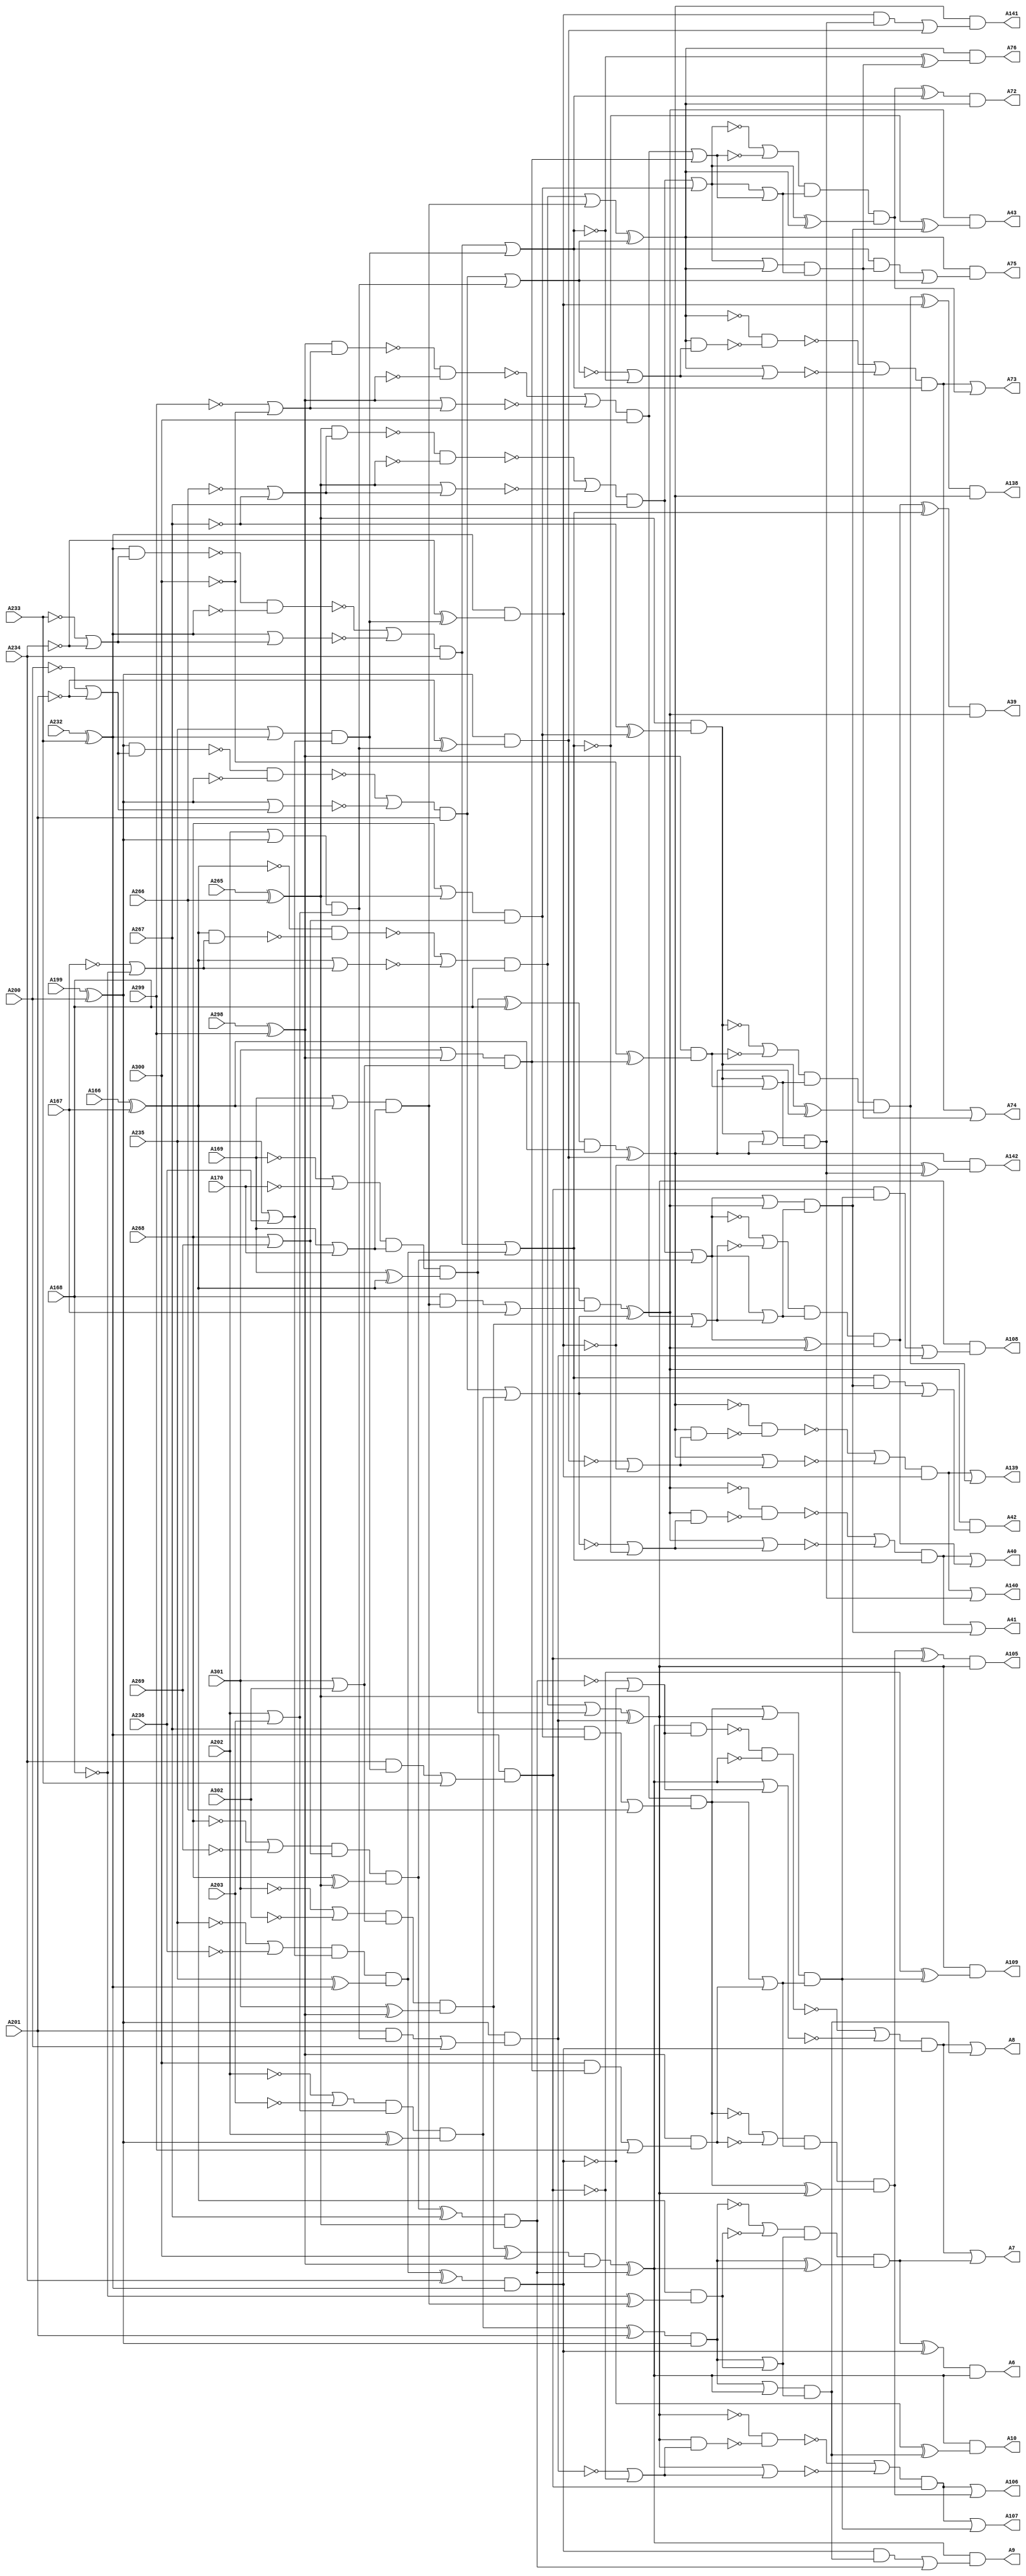
// Benchmark "testing" written by ABC on Thu Oct  8 22:16:59 2020

module testing ( 
    A302, A301, A300, A299, A298, A269, A268, A267, A266, A265, A236, A235,
    A234, A233, A232, A203, A202, A201, A200, A199, A166, A167, A168, A169,
    A170,
    A142, A141, A140, A139, A138, A109, A108, A107, A106, A105, A76, A75,
    A74, A73, A72, A43, A42, A41, A40, A39, A6, A7, A8, A9, A10  );
  input  A302, A301, A300, A299, A298, A269, A268, A267, A266, A265,
    A236, A235, A234, A233, A232, A203, A202, A201, A200, A199, A166, A167,
    A168, A169, A170;
  output A142, A141, A140, A139, A138, A109, A108, A107, A106, A105, A76, A75,
    A74, A73, A72, A43, A42, A41, A40, A39, A6, A7, A8, A9, A10;
  wire new_A198_, new_A197_, new_A196_, new_A195_, new_A194_, new_A193_,
    new_A192_, new_A191_, new_A190_, new_A189_, new_A188_, new_A187_,
    new_A186_, new_A185_, new_A184_, new_A183_, new_A182_, new_A181_,
    new_A180_, new_A179_, new_A178_, new_A177_, new_A176_, new_A175_,
    new_A174_, new_A173_, new_A172_, new_A171_, new_A204_, new_A205_,
    new_A206_, new_A207_, new_A208_, new_A209_, new_A210_, new_A211_,
    new_A212_, new_A213_, new_A214_, new_A215_, new_A216_, new_A217_,
    new_A218_, new_A219_, new_A220_, new_A221_, new_A222_, new_A223_,
    new_A224_, new_A225_, new_A226_, new_A227_, new_A228_, new_A229_,
    new_A230_, new_A231_, new_A237_, new_A238_, new_A239_, new_A240_,
    new_A241_, new_A242_, new_A243_, new_A244_, new_A245_, new_A246_,
    new_A247_, new_A248_, new_A249_, new_A250_, new_A251_, new_A252_,
    new_A253_, new_A254_, new_A255_, new_A256_, new_A257_, new_A258_,
    new_A259_, new_A260_, new_A261_, new_A262_, new_A263_, new_A264_,
    new_A270_, new_A271_, new_A272_, new_A273_, new_A274_, new_A275_,
    new_A276_, new_A277_, new_A278_, new_A279_, new_A280_, new_A281_,
    new_A282_, new_A283_, new_A284_, new_A285_, new_A286_, new_A287_,
    new_A288_, new_A289_, new_A290_, new_A291_, new_A292_, new_A293_,
    new_A294_, new_A295_, new_A296_, new_A297_, new_A303_, new_A304_,
    new_A305_, new_A306_, new_A307_, new_A308_, new_A309_, new_A310_,
    new_A311_, new_A312_, new_A313_, new_A314_, new_A315_, new_A316_,
    new_A317_, new_A318_, new_A319_, new_A320_, new_A321_, new_A322_,
    new_A323_, new_A324_, new_A325_, new_A326_, new_A327_, new_A328_,
    new_A329_, new_A330_, new_A165_, new_A164_, new_A163_, new_A162_,
    new_A161_, new_A160_, new_A159_, new_A158_, new_A157_, new_A156_,
    new_A155_, new_A154_, new_A153_, new_A152_, new_A151_, new_A150_,
    new_A149_, new_A148_, new_A147_, new_A146_, new_A145_, new_A144_,
    new_A143_, new_A137_, new_A136_, new_A135_, new_A134_, new_A133_,
    new_A132_, new_A131_, new_A130_, new_A129_, new_A128_, new_A127_,
    new_A126_, new_A125_, new_A124_, new_A123_, new_A122_, new_A121_,
    new_A120_, new_A119_, new_A118_, new_A117_, new_A116_, new_A115_,
    new_A114_, new_A113_, new_A112_, new_A111_, new_A110_, new_A104_,
    new_A103_, new_A102_, new_A101_, new_A100_, new_A99_, new_A98_,
    new_A97_, new_A96_, new_A95_, new_A94_, new_A93_, new_A92_, new_A91_,
    new_A90_, new_A89_, new_A88_, new_A87_, new_A86_, new_A85_, new_A84_,
    new_A83_, new_A82_, new_A81_, new_A80_, new_A79_, new_A78_, new_A77_,
    new_A71_, new_A70_, new_A69_, new_A68_, new_A67_, new_A66_, new_A65_,
    new_A64_, new_A63_, new_A62_, new_A61_, new_A60_, new_A59_, new_A58_,
    new_A57_, new_A56_, new_A55_, new_A54_, new_A53_, new_A52_, new_A51_,
    new_A50_, new_A49_, new_A48_, new_A47_, new_A46_, new_A45_, new_A44_,
    new_A38_, new_A37_, new_A36_, new_A35_, new_A34_, new_A1_, new_A2_,
    new_A3_, new_A4_, new_A5_, new_A11_, new_A12_, new_A13_, new_A14_,
    new_A15_, new_A16_, new_A17_, new_A18_, new_A19_, new_A20_, new_A21_,
    new_A22_, new_A23_, new_A24_, new_A25_, new_A26_, new_A27_, new_A28_,
    new_A29_, new_A30_, new_A31_, new_A32_, new_A33_;
  assign new_A198_ = new_A176_ & new_A191_;
  assign new_A197_ = ~new_A176_ & ~new_A198_;
  assign new_A196_ = new_A176_ | new_A191_;
  assign new_A195_ = ~A169 | ~A170;
  assign new_A194_ = new_A176_ | new_A191_;
  assign new_A193_ = ~new_A192_ & ~new_A176_;
  assign new_A192_ = new_A176_ & new_A191_;
  assign new_A191_ = ~A167 | ~A168;
  assign new_A190_ = A168 & new_A180_;
  assign new_A189_ = A169 | new_A176_;
  assign new_A188_ = A169 | A170;
  assign new_A187_ = ~new_A197_ | ~new_A196_;
  assign new_A186_ = new_A195_ & new_A188_;
  assign new_A185_ = A169 ^ new_A176_;
  assign new_A184_ = ~new_A193_ | ~new_A194_;
  assign new_A183_ = ~A168 ^ new_A180_;
  assign new_A182_ = new_A190_ | A167;
  assign new_A181_ = new_A187_ & A168;
  assign new_A180_ = new_A189_ & new_A188_;
  assign new_A179_ = new_A184_ & A168;
  assign new_A178_ = new_A186_ & new_A185_;
  assign new_A177_ = new_A178_ ^ A168;
  assign new_A176_ = A166 ^ A167;
  assign new_A175_ = new_A176_ & new_A183_;
  assign new_A174_ = new_A176_ & new_A182_;
  assign new_A173_ = new_A181_ | new_A180_;
  assign new_A172_ = new_A179_ | new_A178_;
  assign new_A171_ = new_A177_ & new_A176_;
  assign new_A204_ = new_A210_ & new_A209_;
  assign new_A205_ = new_A212_ | new_A211_;
  assign new_A206_ = new_A214_ | new_A213_;
  assign new_A207_ = new_A209_ & new_A215_;
  assign new_A208_ = new_A209_ & new_A216_;
  assign new_A209_ = A199 ^ A200;
  assign new_A210_ = new_A211_ ^ A201;
  assign new_A211_ = new_A219_ & new_A218_;
  assign new_A212_ = new_A217_ & A201;
  assign new_A213_ = new_A222_ & new_A221_;
  assign new_A214_ = new_A220_ & A201;
  assign new_A215_ = new_A223_ | A200;
  assign new_A216_ = ~A201 ^ new_A213_;
  assign new_A217_ = ~new_A226_ | ~new_A227_;
  assign new_A218_ = A202 ^ new_A209_;
  assign new_A219_ = new_A228_ & new_A221_;
  assign new_A220_ = ~new_A230_ | ~new_A229_;
  assign new_A221_ = A202 | A203;
  assign new_A222_ = A202 | new_A209_;
  assign new_A223_ = A201 & new_A213_;
  assign new_A224_ = ~A200 | ~A201;
  assign new_A225_ = new_A209_ & new_A224_;
  assign new_A226_ = ~new_A225_ & ~new_A209_;
  assign new_A227_ = new_A209_ | new_A224_;
  assign new_A228_ = ~A202 | ~A203;
  assign new_A229_ = new_A209_ | new_A224_;
  assign new_A230_ = ~new_A209_ & ~new_A231_;
  assign new_A231_ = new_A209_ & new_A224_;
  assign new_A237_ = new_A243_ & new_A242_;
  assign new_A238_ = new_A245_ | new_A244_;
  assign new_A239_ = new_A247_ | new_A246_;
  assign new_A240_ = new_A242_ & new_A248_;
  assign new_A241_ = new_A242_ & new_A249_;
  assign new_A242_ = A232 ^ A233;
  assign new_A243_ = new_A244_ ^ A234;
  assign new_A244_ = new_A252_ & new_A251_;
  assign new_A245_ = new_A250_ & A234;
  assign new_A246_ = new_A255_ & new_A254_;
  assign new_A247_ = new_A253_ & A234;
  assign new_A248_ = new_A256_ | A233;
  assign new_A249_ = ~A234 ^ new_A246_;
  assign new_A250_ = ~new_A259_ | ~new_A260_;
  assign new_A251_ = A235 ^ new_A242_;
  assign new_A252_ = new_A261_ & new_A254_;
  assign new_A253_ = ~new_A263_ | ~new_A262_;
  assign new_A254_ = A235 | A236;
  assign new_A255_ = A235 | new_A242_;
  assign new_A256_ = A234 & new_A246_;
  assign new_A257_ = ~A233 | ~A234;
  assign new_A258_ = new_A242_ & new_A257_;
  assign new_A259_ = ~new_A258_ & ~new_A242_;
  assign new_A260_ = new_A242_ | new_A257_;
  assign new_A261_ = ~A235 | ~A236;
  assign new_A262_ = new_A242_ | new_A257_;
  assign new_A263_ = ~new_A242_ & ~new_A264_;
  assign new_A264_ = new_A242_ & new_A257_;
  assign new_A270_ = new_A276_ & new_A275_;
  assign new_A271_ = new_A278_ | new_A277_;
  assign new_A272_ = new_A280_ | new_A279_;
  assign new_A273_ = new_A275_ & new_A281_;
  assign new_A274_ = new_A275_ & new_A282_;
  assign new_A275_ = A265 ^ A266;
  assign new_A276_ = new_A277_ ^ A267;
  assign new_A277_ = new_A285_ & new_A284_;
  assign new_A278_ = new_A283_ & A267;
  assign new_A279_ = new_A288_ & new_A287_;
  assign new_A280_ = new_A286_ & A267;
  assign new_A281_ = new_A289_ | A266;
  assign new_A282_ = ~A267 ^ new_A279_;
  assign new_A283_ = ~new_A292_ | ~new_A293_;
  assign new_A284_ = A268 ^ new_A275_;
  assign new_A285_ = new_A294_ & new_A287_;
  assign new_A286_ = ~new_A296_ | ~new_A295_;
  assign new_A287_ = A268 | A269;
  assign new_A288_ = A268 | new_A275_;
  assign new_A289_ = A267 & new_A279_;
  assign new_A290_ = ~A266 | ~A267;
  assign new_A291_ = new_A275_ & new_A290_;
  assign new_A292_ = ~new_A291_ & ~new_A275_;
  assign new_A293_ = new_A275_ | new_A290_;
  assign new_A294_ = ~A268 | ~A269;
  assign new_A295_ = new_A275_ | new_A290_;
  assign new_A296_ = ~new_A275_ & ~new_A297_;
  assign new_A297_ = new_A275_ & new_A290_;
  assign new_A303_ = new_A309_ & new_A308_;
  assign new_A304_ = new_A311_ | new_A310_;
  assign new_A305_ = new_A313_ | new_A312_;
  assign new_A306_ = new_A308_ & new_A314_;
  assign new_A307_ = new_A308_ & new_A315_;
  assign new_A308_ = A298 ^ A299;
  assign new_A309_ = new_A310_ ^ A300;
  assign new_A310_ = new_A318_ & new_A317_;
  assign new_A311_ = new_A316_ & A300;
  assign new_A312_ = new_A321_ & new_A320_;
  assign new_A313_ = new_A319_ & A300;
  assign new_A314_ = new_A322_ | A299;
  assign new_A315_ = ~A300 ^ new_A312_;
  assign new_A316_ = ~new_A325_ | ~new_A326_;
  assign new_A317_ = A301 ^ new_A308_;
  assign new_A318_ = new_A327_ & new_A320_;
  assign new_A319_ = ~new_A329_ | ~new_A328_;
  assign new_A320_ = A301 | A302;
  assign new_A321_ = A301 | new_A308_;
  assign new_A322_ = A300 & new_A312_;
  assign new_A323_ = ~A299 | ~A300;
  assign new_A324_ = new_A308_ & new_A323_;
  assign new_A325_ = ~new_A324_ & ~new_A308_;
  assign new_A326_ = new_A308_ | new_A323_;
  assign new_A327_ = ~A301 | ~A302;
  assign new_A328_ = new_A308_ | new_A323_;
  assign new_A329_ = ~new_A308_ & ~new_A330_;
  assign new_A330_ = new_A308_ & new_A323_;
  assign new_A165_ = new_A143_ & new_A158_;
  assign new_A164_ = ~new_A143_ & ~new_A165_;
  assign new_A163_ = new_A143_ | new_A158_;
  assign new_A162_ = ~new_A136_ | ~new_A137_;
  assign new_A161_ = new_A143_ | new_A158_;
  assign new_A160_ = ~new_A159_ & ~new_A143_;
  assign new_A159_ = new_A143_ & new_A158_;
  assign new_A158_ = ~new_A134_ | ~new_A135_;
  assign new_A157_ = new_A135_ & new_A147_;
  assign new_A156_ = new_A136_ | new_A143_;
  assign new_A155_ = new_A136_ | new_A137_;
  assign new_A154_ = ~new_A164_ | ~new_A163_;
  assign new_A153_ = new_A162_ & new_A155_;
  assign new_A152_ = new_A136_ ^ new_A143_;
  assign new_A151_ = ~new_A160_ | ~new_A161_;
  assign new_A150_ = ~new_A135_ ^ new_A147_;
  assign new_A149_ = new_A157_ | new_A134_;
  assign new_A148_ = new_A154_ & new_A135_;
  assign new_A147_ = new_A156_ & new_A155_;
  assign new_A146_ = new_A151_ & new_A135_;
  assign new_A145_ = new_A153_ & new_A152_;
  assign new_A144_ = new_A145_ ^ new_A135_;
  assign new_A143_ = new_A133_ ^ new_A134_;
  assign A142 = new_A143_ & new_A150_;
  assign A141 = new_A143_ & new_A149_;
  assign A140 = new_A148_ | new_A147_;
  assign A139 = new_A146_ | new_A145_;
  assign A138 = new_A144_ & new_A143_;
  assign new_A137_ = new_A307_;
  assign new_A136_ = new_A274_;
  assign new_A135_ = new_A241_;
  assign new_A134_ = new_A208_;
  assign new_A133_ = new_A171_;
  assign new_A132_ = new_A110_ & new_A125_;
  assign new_A131_ = ~new_A110_ & ~new_A132_;
  assign new_A130_ = new_A110_ | new_A125_;
  assign new_A129_ = ~new_A103_ | ~new_A104_;
  assign new_A128_ = new_A110_ | new_A125_;
  assign new_A127_ = ~new_A126_ & ~new_A110_;
  assign new_A126_ = new_A110_ & new_A125_;
  assign new_A125_ = ~new_A101_ | ~new_A102_;
  assign new_A124_ = new_A102_ & new_A114_;
  assign new_A123_ = new_A103_ | new_A110_;
  assign new_A122_ = new_A103_ | new_A104_;
  assign new_A121_ = ~new_A131_ | ~new_A130_;
  assign new_A120_ = new_A129_ & new_A122_;
  assign new_A119_ = new_A103_ ^ new_A110_;
  assign new_A118_ = ~new_A127_ | ~new_A128_;
  assign new_A117_ = ~new_A102_ ^ new_A114_;
  assign new_A116_ = new_A124_ | new_A101_;
  assign new_A115_ = new_A121_ & new_A102_;
  assign new_A114_ = new_A123_ & new_A122_;
  assign new_A113_ = new_A118_ & new_A102_;
  assign new_A112_ = new_A120_ & new_A119_;
  assign new_A111_ = new_A112_ ^ new_A102_;
  assign new_A110_ = new_A100_ ^ new_A101_;
  assign A109 = new_A110_ & new_A117_;
  assign A108 = new_A110_ & new_A116_;
  assign A107 = new_A115_ | new_A114_;
  assign A106 = new_A113_ | new_A112_;
  assign A105 = new_A111_ & new_A110_;
  assign new_A104_ = new_A306_;
  assign new_A103_ = new_A273_;
  assign new_A102_ = new_A240_;
  assign new_A101_ = new_A207_;
  assign new_A100_ = new_A172_;
  assign new_A99_ = new_A77_ & new_A92_;
  assign new_A98_ = ~new_A77_ & ~new_A99_;
  assign new_A97_ = new_A77_ | new_A92_;
  assign new_A96_ = ~new_A70_ | ~new_A71_;
  assign new_A95_ = new_A77_ | new_A92_;
  assign new_A94_ = ~new_A93_ & ~new_A77_;
  assign new_A93_ = new_A77_ & new_A92_;
  assign new_A92_ = ~new_A68_ | ~new_A69_;
  assign new_A91_ = new_A69_ & new_A81_;
  assign new_A90_ = new_A70_ | new_A77_;
  assign new_A89_ = new_A70_ | new_A71_;
  assign new_A88_ = ~new_A98_ | ~new_A97_;
  assign new_A87_ = new_A96_ & new_A89_;
  assign new_A86_ = new_A70_ ^ new_A77_;
  assign new_A85_ = ~new_A94_ | ~new_A95_;
  assign new_A84_ = ~new_A69_ ^ new_A81_;
  assign new_A83_ = new_A91_ | new_A68_;
  assign new_A82_ = new_A88_ & new_A69_;
  assign new_A81_ = new_A90_ & new_A89_;
  assign new_A80_ = new_A85_ & new_A69_;
  assign new_A79_ = new_A87_ & new_A86_;
  assign new_A78_ = new_A79_ ^ new_A69_;
  assign new_A77_ = new_A67_ ^ new_A68_;
  assign A76 = new_A77_ & new_A84_;
  assign A75 = new_A77_ & new_A83_;
  assign A74 = new_A82_ | new_A81_;
  assign A73 = new_A80_ | new_A79_;
  assign A72 = new_A78_ & new_A77_;
  assign new_A71_ = new_A305_;
  assign new_A70_ = new_A272_;
  assign new_A69_ = new_A239_;
  assign new_A68_ = new_A206_;
  assign new_A67_ = new_A173_;
  assign new_A66_ = new_A44_ & new_A59_;
  assign new_A65_ = ~new_A44_ & ~new_A66_;
  assign new_A64_ = new_A44_ | new_A59_;
  assign new_A63_ = ~new_A37_ | ~new_A38_;
  assign new_A62_ = new_A44_ | new_A59_;
  assign new_A61_ = ~new_A60_ & ~new_A44_;
  assign new_A60_ = new_A44_ & new_A59_;
  assign new_A59_ = ~new_A35_ | ~new_A36_;
  assign new_A58_ = new_A36_ & new_A48_;
  assign new_A57_ = new_A37_ | new_A44_;
  assign new_A56_ = new_A37_ | new_A38_;
  assign new_A55_ = ~new_A65_ | ~new_A64_;
  assign new_A54_ = new_A63_ & new_A56_;
  assign new_A53_ = new_A37_ ^ new_A44_;
  assign new_A52_ = ~new_A61_ | ~new_A62_;
  assign new_A51_ = ~new_A36_ ^ new_A48_;
  assign new_A50_ = new_A58_ | new_A35_;
  assign new_A49_ = new_A55_ & new_A36_;
  assign new_A48_ = new_A57_ & new_A56_;
  assign new_A47_ = new_A52_ & new_A36_;
  assign new_A46_ = new_A54_ & new_A53_;
  assign new_A45_ = new_A46_ ^ new_A36_;
  assign new_A44_ = new_A34_ ^ new_A35_;
  assign A43 = new_A44_ & new_A51_;
  assign A42 = new_A44_ & new_A50_;
  assign A41 = new_A49_ | new_A48_;
  assign A40 = new_A47_ | new_A46_;
  assign A39 = new_A45_ & new_A44_;
  assign new_A38_ = new_A304_;
  assign new_A37_ = new_A271_;
  assign new_A36_ = new_A238_;
  assign new_A35_ = new_A205_;
  assign new_A34_ = new_A174_;
  assign new_A1_ = new_A303_;
  assign new_A2_ = new_A270_;
  assign new_A3_ = new_A237_;
  assign new_A4_ = new_A204_;
  assign new_A5_ = new_A175_;
  assign A6 = new_A12_ & new_A11_;
  assign A7 = new_A14_ | new_A13_;
  assign A8 = new_A16_ | new_A15_;
  assign A9 = new_A11_ & new_A17_;
  assign A10 = new_A11_ & new_A18_;
  assign new_A11_ = new_A1_ ^ new_A2_;
  assign new_A12_ = new_A13_ ^ new_A3_;
  assign new_A13_ = new_A21_ & new_A20_;
  assign new_A14_ = new_A19_ & new_A3_;
  assign new_A15_ = new_A24_ & new_A23_;
  assign new_A16_ = new_A22_ & new_A3_;
  assign new_A17_ = new_A25_ | new_A2_;
  assign new_A18_ = ~new_A3_ ^ new_A15_;
  assign new_A19_ = ~new_A28_ | ~new_A29_;
  assign new_A20_ = new_A4_ ^ new_A11_;
  assign new_A21_ = new_A30_ & new_A23_;
  assign new_A22_ = ~new_A32_ | ~new_A31_;
  assign new_A23_ = new_A4_ | new_A5_;
  assign new_A24_ = new_A4_ | new_A11_;
  assign new_A25_ = new_A3_ & new_A15_;
  assign new_A26_ = ~new_A2_ | ~new_A3_;
  assign new_A27_ = new_A11_ & new_A26_;
  assign new_A28_ = ~new_A27_ & ~new_A11_;
  assign new_A29_ = new_A11_ | new_A26_;
  assign new_A30_ = ~new_A4_ | ~new_A5_;
  assign new_A31_ = new_A11_ | new_A26_;
  assign new_A32_ = ~new_A11_ & ~new_A33_;
  assign new_A33_ = new_A11_ & new_A26_;
endmodule